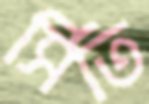
সিতি